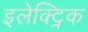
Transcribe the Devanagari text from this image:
इलेक्ट्निक